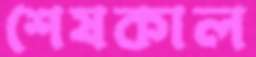
শেষকাল